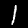
Label: 1